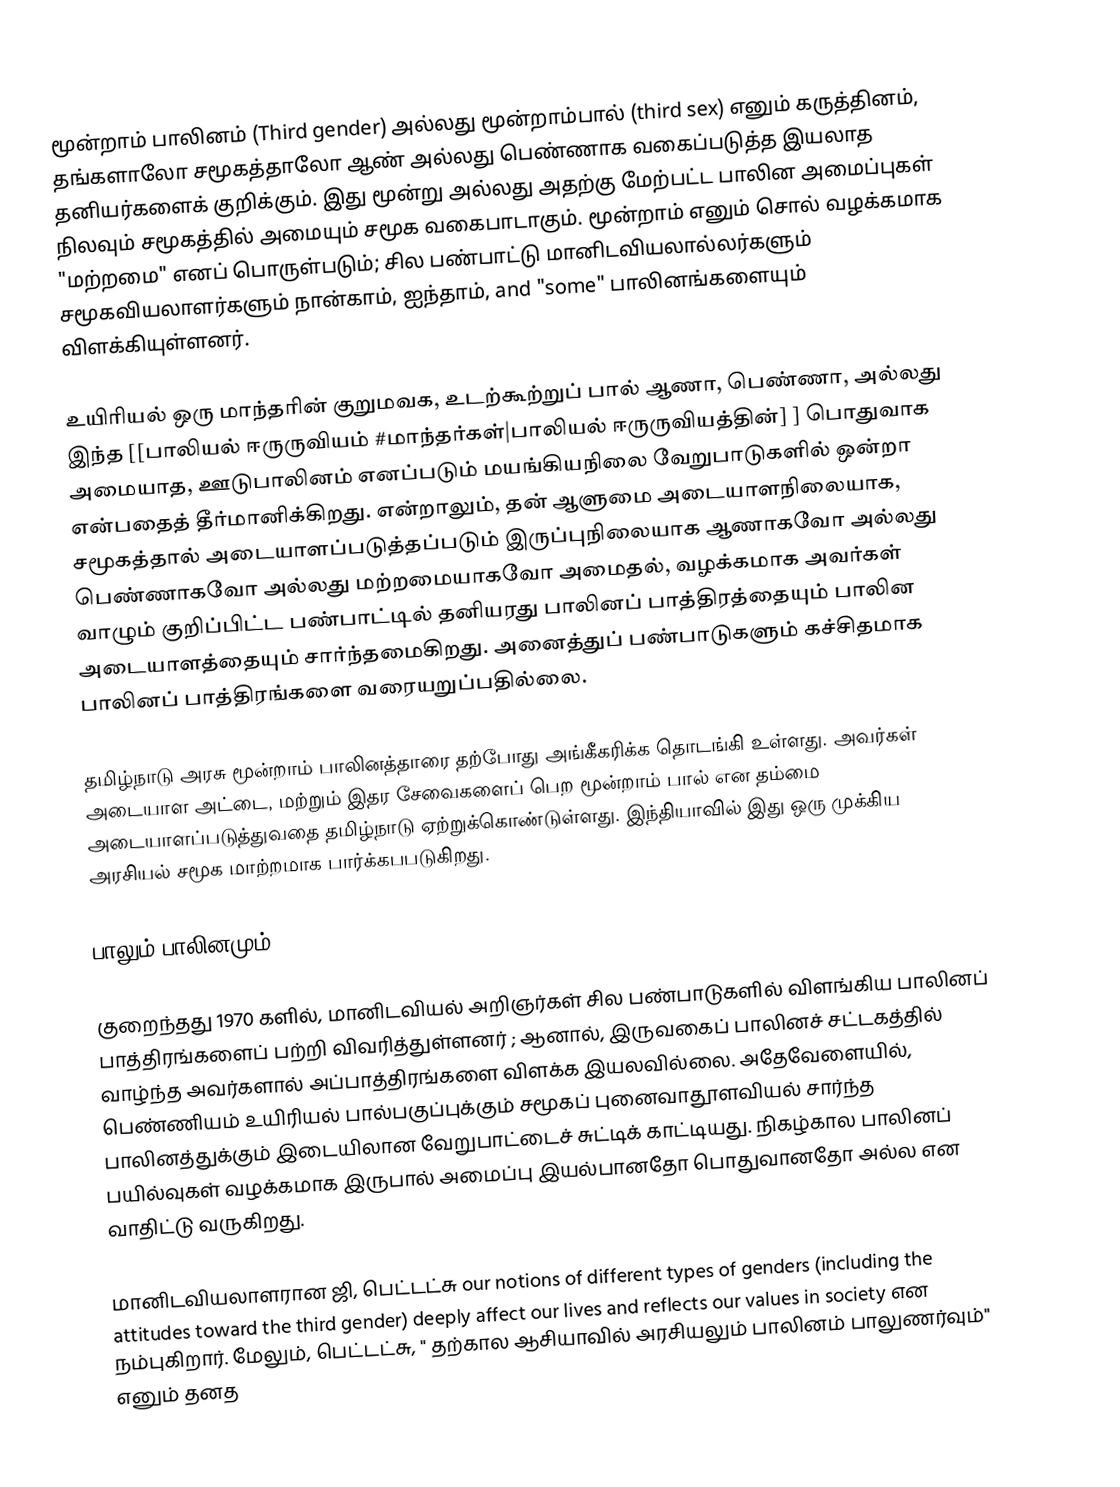
மூன்றாம் பாலினம் (Third gender) அல்லது மூன்றாம்பால் (third sex) எனும் கருத்தினம், தங்களாலோ சமூகத்தாலோ ஆண் அல்லது பெண்ணாக வகைப்படுத்த இயலாத தனியர்களைக்  குறிக்கும். இது மூன்று அல்லது அதற்கு மேற்பட்ட பாலின அமைப்புகள் நிலவும் சமூகத்தில் அமையும் சமூக வகைபாடாகும்.  மூன்றாம் எனும் சொல் வழக்கமாக "மற்றமை" எனப் பொருள்படும்; சில பண்பாட்டு மானிடவியலால்லர்களும் சமூகவியலாளர்களும் நான்காம்,  ஐந்தாம், and "some"  பாலினங்களையும் விளக்கியுள்ளனர்.

உயிரியல் ஒரு மாந்தரின் குறுமவக, உடற்கூற்றுப் பால்  ஆணா, பெண்ணா, அல்லது இந்த [[பாலியல் ஈருருவியம்  #மாந்தர்கள்|பாலியல் ஈருருவியத்தின்] ] பொதுவாக அமையாத, ஊடுபாலினம் எனப்படும் மயங்கியநிலை வேறுபாடுகளில் ஒன்றா  என்பதைத் தீர்மானிக்கிறது. என்றாலும்,  தன் ஆளுமை அடையாளநிலையாக, சமூகத்தால் அடையாளப்படுத்தப்படும் இருப்புநிலையாக ஆணாகவோ அல்லது பெண்ணாகவோ அல்லது மற்றமையாகவோ  அமைதல், வழக்கமாக அவர்கள் வாழும் குறிப்பிட்ட பண்பாட்டில்  தனியரது  பாலினப் பாத்திரத்தையும்  பாலின அடையாளத்தையும் சார்ந்தமைகிறது.  அனைத்துப் பண்பாடுகளும் கச்சிதமாக பாலினப் பாத்திரங்களை வரையறுப்பதில்லை.

தமிழ்நாடு அரசு மூன்றாம் பாலினத்தாரை தற்போது அங்கீகரிக்க தொடங்கி உள்ளது.  அவர்கள் அடையாள அட்டை, மற்றும் இதர சேவைகளைப் பெற மூன்றாம் பால் என தம்மை அடையாளப்படுத்துவதை தமிழ்நாடு ஏற்றுக்கொண்டுள்ளது.  இந்தியாவில் இது ஒரு முக்கிய அரசியல் சமூக மாற்றமாக பார்க்கபபடுகிறது.

பாலும் பாலினமும்

குறைந்தது 1970 களில், மானிடவியல் அறிஞர்கள் சில பண்பாடுகளில் விளங்கிய பாலினப் பாத்திரங்களைப் பற்றி விவரித்துள்ளனர் ; ஆனால், இருவகைப் பாலினச் சட்டகத்தில் வாழ்ந்த அவர்களால் அப்பாத்திரங்களை விளக்க இயலவில்லை.  அதேவேளையில், பெண்ணியம் உயிரியல் பால்பகுப்புக்கும் சமூகப் புனைவாதூளவியல் சார்ந்த பாலினத்துக்கும் இடையிலான வேறுபாட்டைச் சுட்டிக் காட்டியது.  நிகழ்கால பாலினப் பயில்வுகள் வழக்கமாக இருபால் அமைப்பு இயல்பானதோ பொதுவானதோ அல்ல என வாதிட்டு வருகிறது.

மானிடவியலாளரான ஜி, பெட்டட்சு  our notions of different types of genders (including the attitudes toward the third gender) deeply affect our lives and reflects our values in society என நம்புகிறார். மேலும்,  பெட்டட்சு, " தற்கால ஆசியாவில் அரசியலும் பாலினம் பாலுணர்வும்" எனும் தனத